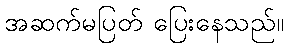
အဆက်မပြတ် ပြေးနေသည်။